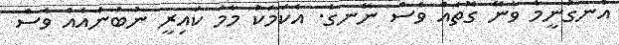
އެނގުނީމާ ވާނޭ ގޮތެއް ވެސް ނޭނގެ. އެކަމަކު މާމަ ކައިރީ ނުބުނެއެއް ވެސް